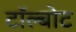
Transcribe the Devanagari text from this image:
टॉल्बोट